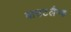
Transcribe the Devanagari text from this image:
बाउटलैण्ड